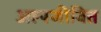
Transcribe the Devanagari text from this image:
अल्पजीवित